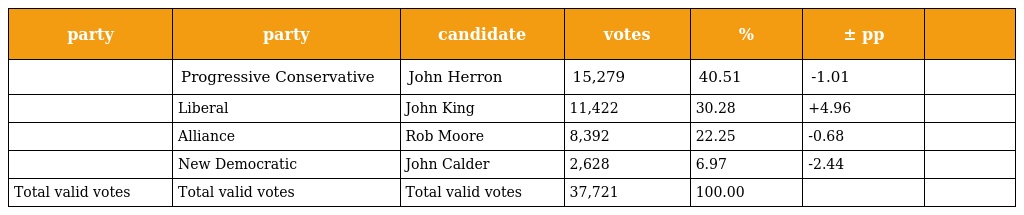
| party | party | candidate | votes | % | ± pp |  |
 | --- | --- | --- | --- | --- | --- | --- |
 |  | Progressive Conservative | John Herron | 15,279 | 40.51 | -1.01 |  |
 |  | Liberal | John King | 11,422 | 30.28 | +4.96 |  |
 |  | Alliance | Rob Moore | 8,392 | 22.25 | -0.68 |  |
 |  | New Democratic | John Calder | 2,628 | 6.97 | -2.44 |  |
 | Total valid votes | Total valid votes | Total valid votes | 37,721 | 100.00 |  |  |